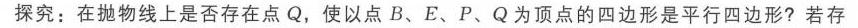
探究：在抛物线上是否存在点$Q$，使以点$B、E、P、Q$为顶点的四边形是平行四边形？若存